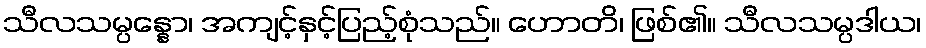
သီလသမ္ပန္နော၊ အကျင့်နှင့်ပြည့်စုံသည်။ ဟောတိ၊ ဖြစ်၏။ သီလသမ္ပဒါယ၊